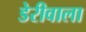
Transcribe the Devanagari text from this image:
डेरीवाला